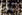
بارى